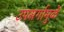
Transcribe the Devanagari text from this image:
उपसर्गामुळें